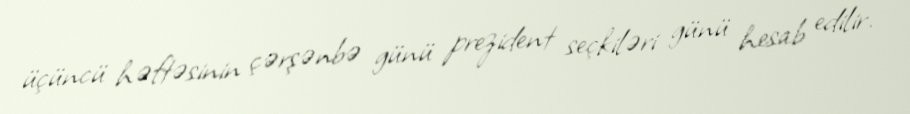
üçüncü həftəsinin çərşənbə günü prezident seçkiləri günü hesab edilir.